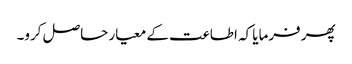
پھر فرمایا کہ اطاعت کے معیار حاصل کرو۔